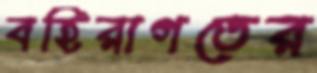
বহিরাগতের